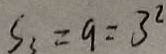
S _ { 3 } = 9 = 3 ^ { 2 }